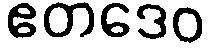
ဧတဒေဝ